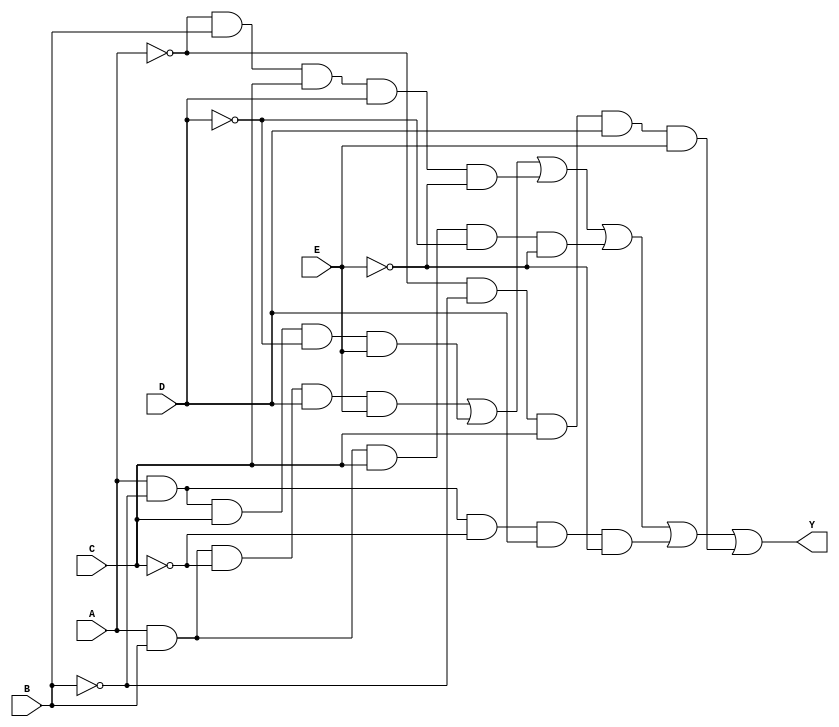
module five_variable_kmap (
    input wire A,  // Variable A
    input wire B,  // Variable B
    input wire C,  // Variable C
    input wire D,  // Variable D
    input wire E,  // Variable E
    output wire Y  // Output Y
);

// Example SOP expression derived from a K-map
// This expression is hypothetical; replace it with your actual minimized expression
assign Y = (A & B & ~C & D & E) | // Minterm 1
           (A & ~B & C & ~D & E) | // Minterm 2
           (~A & B & C & D & ~E) | // Minterm 3
           (A & B & C & ~D & ~E) | // Minterm 4
           (A & ~B & ~C & D & ~E) | // Minterm 5
           (~A & ~B & C & D & E); // Minterm 6

endmodule